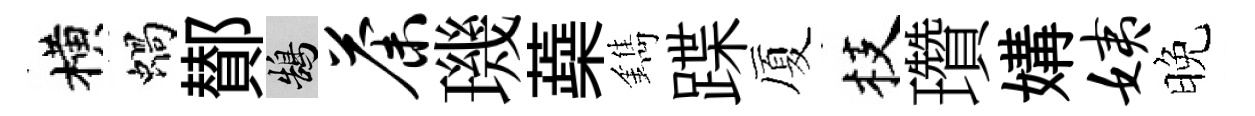
横蝸鄼鵠荼璣蘃鐫蹀厦枝瓚媾姨晚